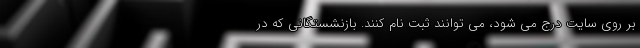
بر روی سایت درج می شود، می توانند ثبت نام کنند. بازنشستگانی که در